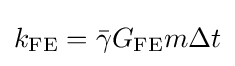
k_{\mathrm {FE} }={\bar {\gamma }}G_{\mathrm {FE} }m\Delta t